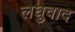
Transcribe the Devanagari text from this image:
लघुवाद